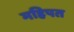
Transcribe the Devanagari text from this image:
महिपत